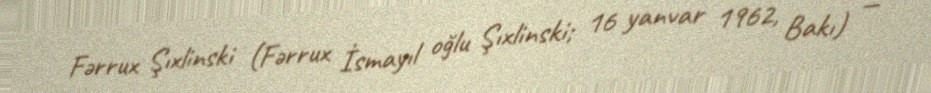
Fərrux Şıxlinski (Fərrux İsmayıl oğlu Şıxlinski; 16 yanvar 1962, Bakı) —